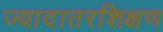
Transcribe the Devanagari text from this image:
ज्यादातरशिक्षण